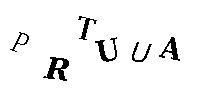
PRTUUA